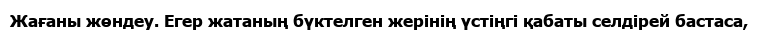
Жағаны жөндеу. Егер жатаның бүктелген жерінің үстіңгі қабаты селдірей бастаса,